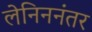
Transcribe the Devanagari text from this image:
लेनिननंतर